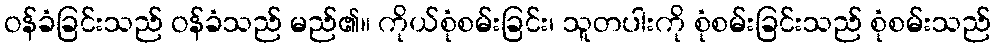
ဝန်ခံခြင်းသည် ဝန်ခံသည် မည်၏။ ကိုယ်စုံစမ်းခြင်း၊ သူတပါးကို စုံစမ်းခြင်းသည် စုံစမ်းသည်